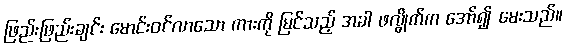
ဖြည်းဖြည်းချင်း မောင်းဝင်လာသော ကားကို မြင်သည့် အခါ ဖလွိုက်က အော်၍ မေးသည်။